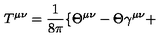
T ^ { \mu \nu } = \frac { 1 } { 8 \pi } \{ \Theta ^ { \mu \nu } - \Theta \gamma ^ { \mu \nu } +